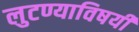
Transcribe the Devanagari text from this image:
लुटण्याविषयी